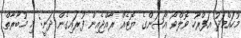
މުހައްމަދު އަފްރާހު ވޮލްވޯ އޯޝަންގެ ޔޮޓެއް ރާއްޖެއިން ފުރައިގެން ދަނީ: މި މުބާރާތް